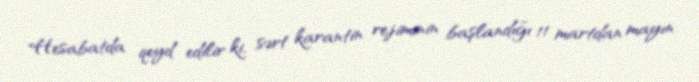
Hesabatda qeyd edilir ki, sərt karantin rejiminin başlandığı 11 martdan mayın